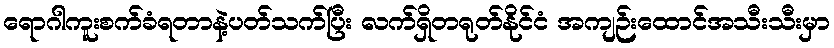
ရောဂါကူးစက်ခံရတာနဲ့ပတ်သက်ပြီး လက်ရှိတရုတ်နိုင်ငံ အကျဉ်းထောင်အသီးသီးမှာ